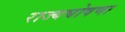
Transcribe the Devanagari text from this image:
राज्यघोषणा